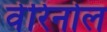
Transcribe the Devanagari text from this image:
वेरिनोल